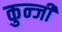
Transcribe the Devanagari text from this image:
कुन्जी